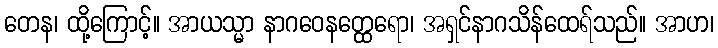
တေန၊ ထို့ကြောင့်။ အာယသ္မာ နာဂဝေနတ္ထေရော၊ အရှင်နာဂသိန်ထေရ်သည်။ အာဟ၊